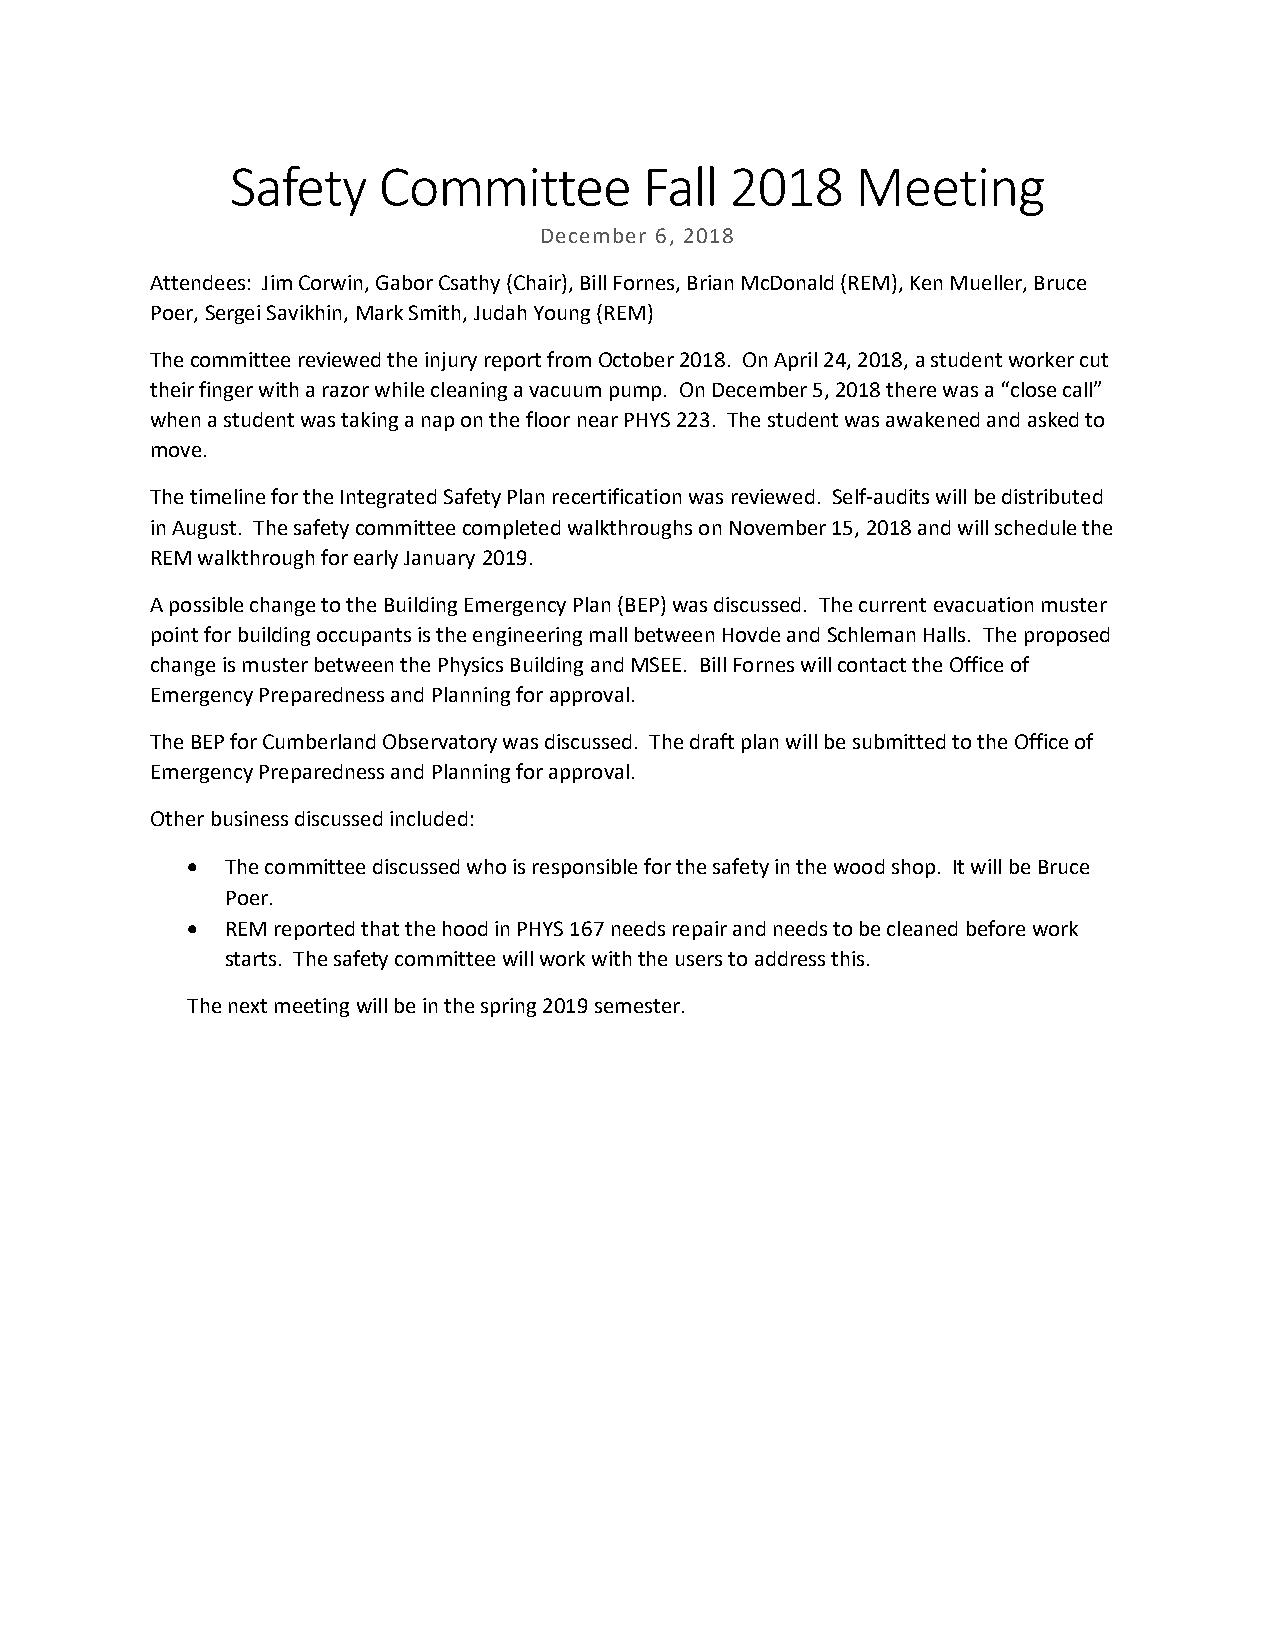
Safety    Committee         Fall 2018     Meeting
 December 6, 2018
 Attendees: Jim Corwin, Gabor Csathy (Chair), Bill Fornes, Brian McDonald (REM), Ken Mueller, Bruce
 Poer, Sergei Savikhin, Mark Smith, Judah Young (REM)
 The committee reviewed the injury report from October 2018. On April 24, 2018, a student worker cut
 their finger with a razor while cleaning a vacuum pump. On December 5, 2018 there was a “close call”
 when a student was taking a nap on the floor near PHYS 223. The student was awakened and asked to
 move.
 The timeline for the Integrated Safety Plan recertification was reviewed. Self-audits will be distributed
 in August. The safety committee completed walkthroughs on November 15, 2018 and will schedule the
 REM walkthrough for early January 2019.
 A possible change to the Building Emergency Plan (BEP) was discussed. The current evacuation muster
 point for building occupants is the engineering mall between Hovde and Schleman Halls. The proposed
 change is muster between the Physics Building and MSEE. Bill Fornes will contact the Office of
 Emergency Preparedness and Planning for approval.
 The BEP for Cumberland Observatory was discussed. The draft plan will be submitted to the Office of
 Emergency Preparedness and Planning for approval.
 Other business discussed included:
 •  The committee discussed who is responsible for the safety in the wood shop. It will be Bruce
 Poer.
 •  REM reported that the hood in PHYS 167 needs repair and needs to be cleaned before work
 starts. The safety committee will work with the users to address this.
 The next meeting will be in the spring 2019 semester.